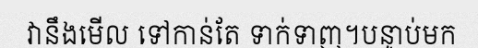
វានឹងមើល ទៅកាន់តែ ទាក់ទាញ។បន្ទាប់មក